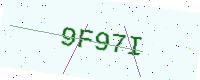
Text: 9F97I